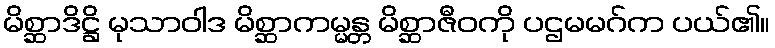
မိစ္ဆာဒိဋ္ဌိ မုသာဝါဒ မိစ္ဆာကမ္မန္တ မိစ္ဆာဇီဝကို ပဌမမဂ်က ပယ်၏။